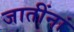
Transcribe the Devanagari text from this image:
जातींनां